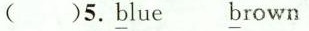
( )5. \underline{b}lue \underline{b}rown